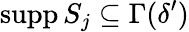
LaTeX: \operatorname{supp}S_{j}\subseteq\Gamma(\delta^{\prime})